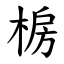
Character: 椖